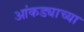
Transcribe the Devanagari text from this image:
आंकड्याच्या